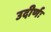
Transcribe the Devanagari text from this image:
उदीर्णः